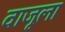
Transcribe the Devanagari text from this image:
वाजूला